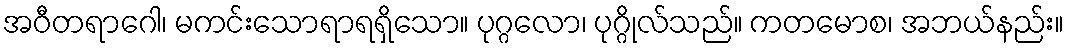
အဝီတရာဂေါ၊ မကင်းသောရာရရှိသော။ ပုဂ္ဂလော၊ ပုဂ္ဂိုလ်သည်။ ကတမောစ၊ အဘယ်နည်း။